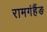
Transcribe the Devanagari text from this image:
रामगंहैंङ